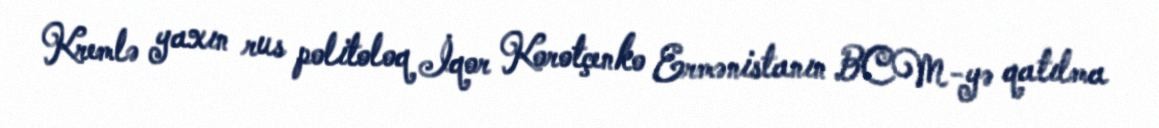
Kremlə yaxın rus politoloq İqor Korotçenko Ermənistanın BCM-yə qatılma